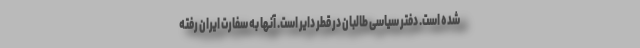
شده است. دفتر سیاسی طالبان در قطر دایر است. آنها به سفارت ایران رفته